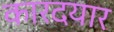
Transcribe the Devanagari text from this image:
कारदयार